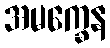
အမက္ခေန